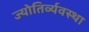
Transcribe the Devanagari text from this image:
ज्योतिर्व्यवस्था